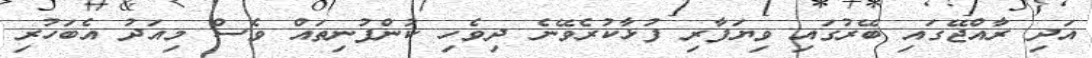
އަދި ރާއްޖޭގައި ބޭރުގައި ވިޔަފާރި ފުޅާކުރެވޭނެ ދިވެހި ކުންފުނިތައް ވެސް މިއަދު އެބަހުރި